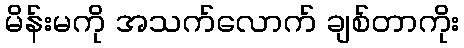
မိန်းမကို အသက်လောက် ချစ်တာကိုး